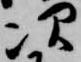
次